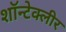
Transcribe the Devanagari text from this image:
शॉन्टेक्लीर